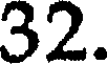
32.